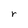
Character: r